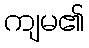
ကျမ၏